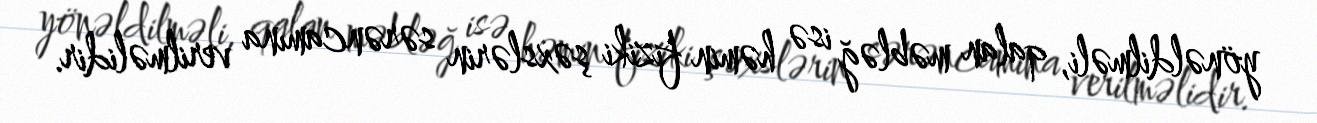
yönəldilməli, qalan məbləğ isə həmin fiziki şəxslərin sərəncamına verilməlidir.